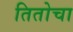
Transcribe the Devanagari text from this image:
तितोचा